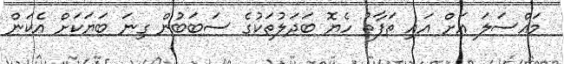
މައްސަލަ އަށް އައި ތަފާތު ހެޔޮ ބަދަލުތަކުގެ ސަބަބުން ގިނަ ބަޔަކަށް އެކަން